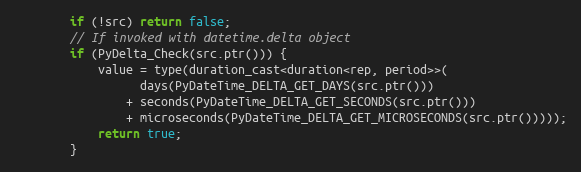
Language: C
        if (!src) return false;
        // If invoked with datetime.delta object
        if (PyDelta_Check(src.ptr())) {
            value = type(duration_cast<duration<rep, period>>(
                  days(PyDateTime_DELTA_GET_DAYS(src.ptr()))
                + seconds(PyDateTime_DELTA_GET_SECONDS(src.ptr()))
                + microseconds(PyDateTime_DELTA_GET_MICROSECONDS(src.ptr()))));
            return true;
        }